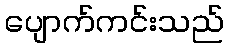
ပျောက်ကင်းသည်